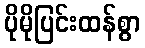
ပိုမိုပြင်းထန်စွာ